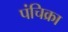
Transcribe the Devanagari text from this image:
पंचिक्रा